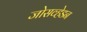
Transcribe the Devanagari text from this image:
जोसव्हेडन